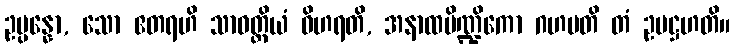
ဥပ္ပန္နော, သော ဧတရဟိ သာဝတ္ထိယံ ဝိဟရတိ, အနာထပိဏ္ဍိကော ဂဟပတိ တံ ဥပဋ္ဌဟတိ။